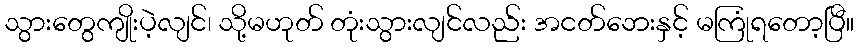
သွားတွေကျိုးပဲ့လျင်၊ သို့မဟုတ် တုံးသွားလျင်လည်း အငတ်ဘေးနှင့် မကြုံရတော့ပြီ။